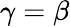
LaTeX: \gamma=\beta